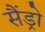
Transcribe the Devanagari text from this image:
सैंड्रो